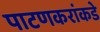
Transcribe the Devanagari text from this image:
पाटणकरांकडे